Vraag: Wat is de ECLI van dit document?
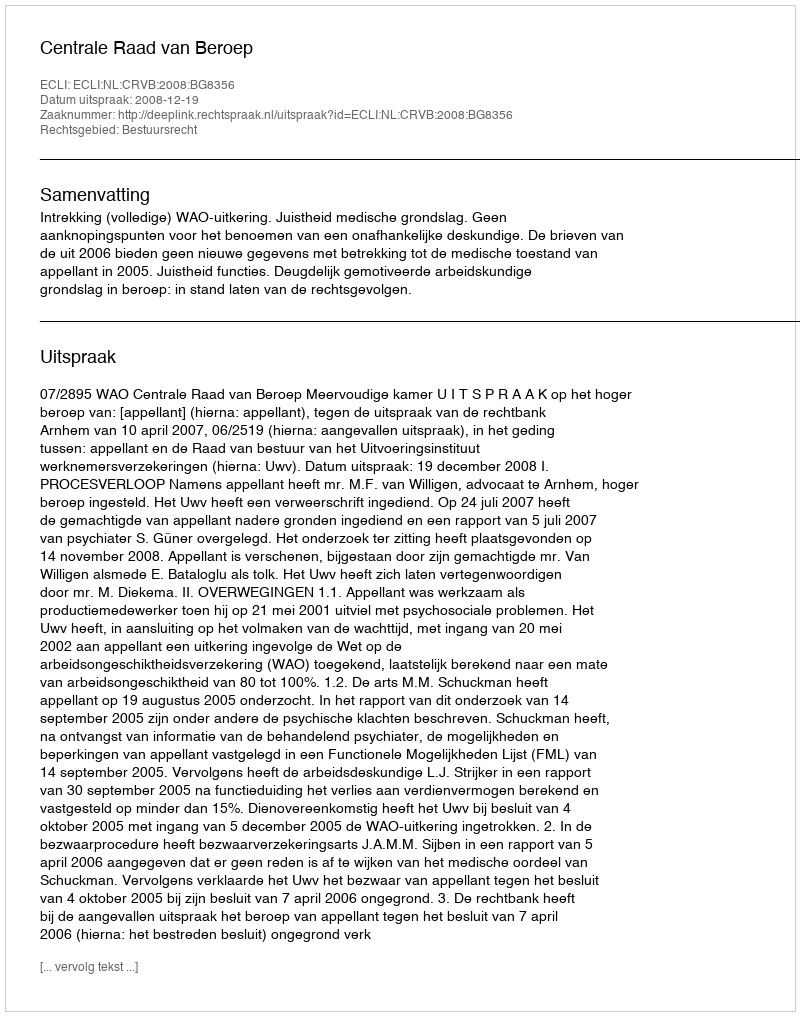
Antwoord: ECLI:NL:CRVB:2008:BG8356